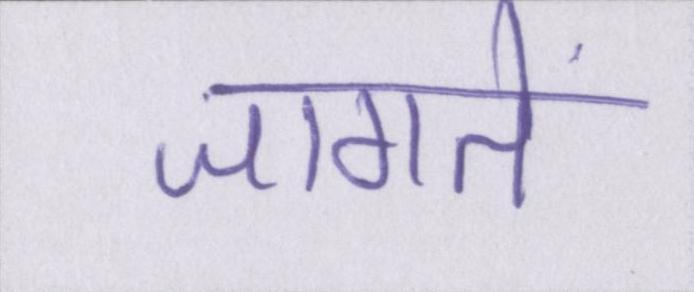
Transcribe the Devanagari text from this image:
जागते